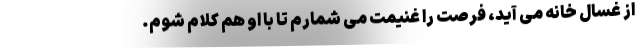
از غسال خانه می آید، فرصت را غنیمت می شمارم تا با او هم کلام شوم.